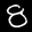
Label: 8